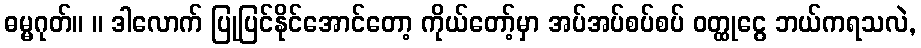
ဓမ္မဂုတ်။ ။ ဒါလောက် ပြုပြင်နိုင်အောင်တော့ ကိုယ်တော့်မှာ အပ်အပ်စပ်စပ် ဝတ္ထုငွေ ဘယ်ကရသလဲ,